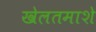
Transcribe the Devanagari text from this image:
खेलतमाशे